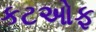
કટઓફ